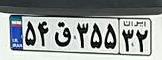
۵۴ق۳۵۵۳۲